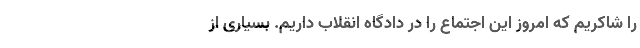
را شاکریم که امروز این اجتماع را در دادگاه انقلاب داریم. بسیاری از